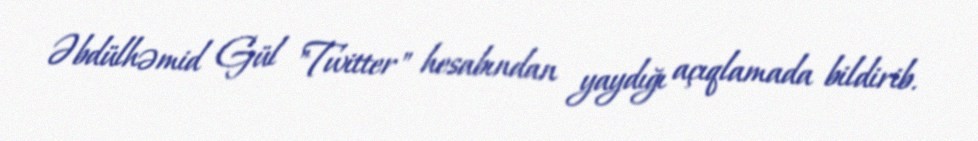
Əbdülhəmid Gül "Twitter" hesabından yaydığı açıqlamada bildirib.